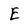
Character: E